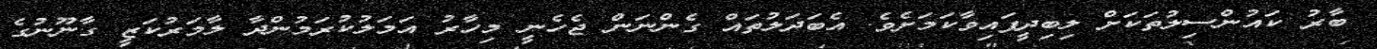
ބާރު ކައުންސިލުތަކަށް ލިބިދީފައިވާކަމަށެވެ. އެބަދަލުތައް ގެންނަން ޖެހެނީ މިހާރު އަމަލުކުރަމުންދާ ލާމަރުކަޒީ ގާނޫނުގެ